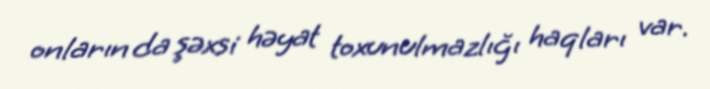
onların da şəxsi həyat toxunulmazlığı haqları var.